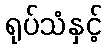
ရုပ်သံနှင့်